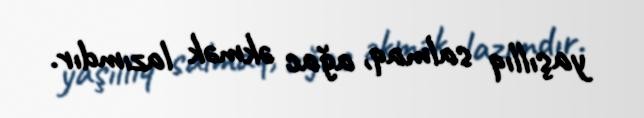
yaşıllıq salmaq, ağac əkmək lazımdır.